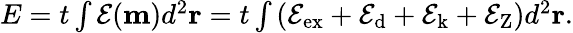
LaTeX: \begin{array}{r}{E=t\int\mathcal{E}(\mathbf{m})d^{2}\mathbf{r}=t\int\left(\mathcal{E}_{\mathrm{ex}}+\mathcal{E}_{\mathrm{d}}+\mathcal{E}_{\mathrm{k}}+\mathcal{E}_{\mathrm{Z}}\right)d^{2}\mathbf{r}.}\end{array}